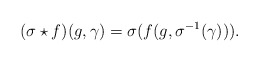
\begin{align*} (\sigma\star f)(g,\gamma)=\sigma(f(g, \sigma^{-1}(\gamma))). \end{align*}